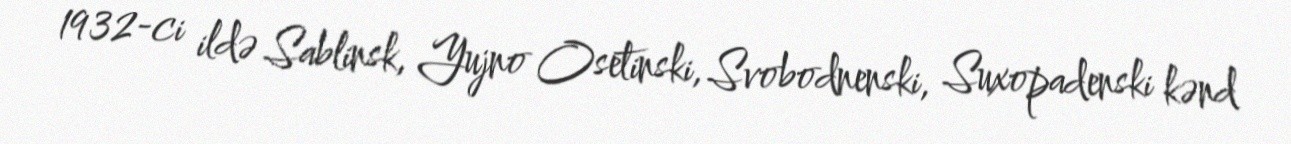
1932-ci ildə Sablinsk, Yujno Osetinski, Svobodnenski, Suxopadenski kənd